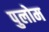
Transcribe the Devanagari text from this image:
पुलोम